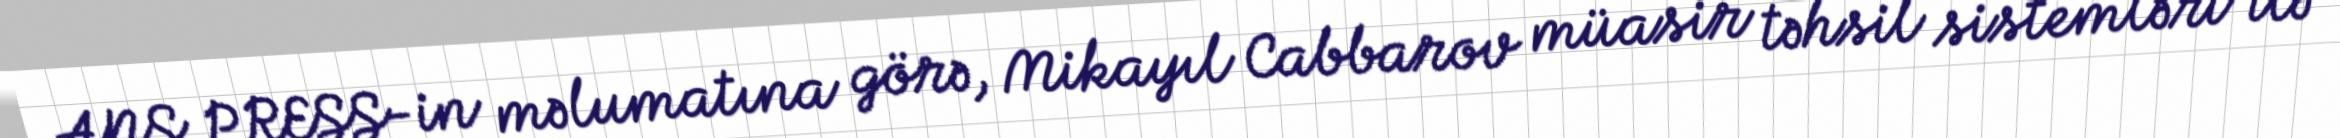
ANS PRESS-in məlumatına görə, Mikayıl Cabbarov müasir təhsil sistemləri ilə